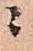
ニ